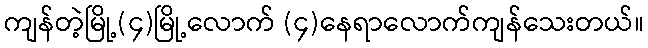
ကျန်တဲ့မြို့(၄)မြို့လောက် (၄)နေရာလောက်ကျန်သေးတယ်။